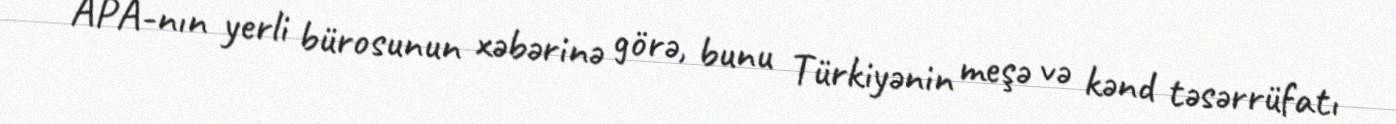
APA-nın yerli bürosunun xəbərinə görə, bunu Türkiyənin meşə və kənd təsərrüfatı